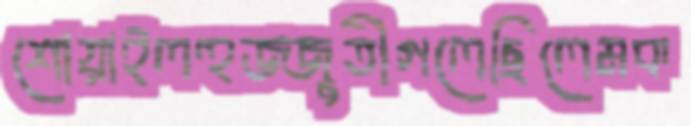
শোয়াইলহুজ্জুতীগলেছিলেমক